Report on metropolitan horse fairs and district horse shows of 1891-92 - 1891-1892
Year: 1891
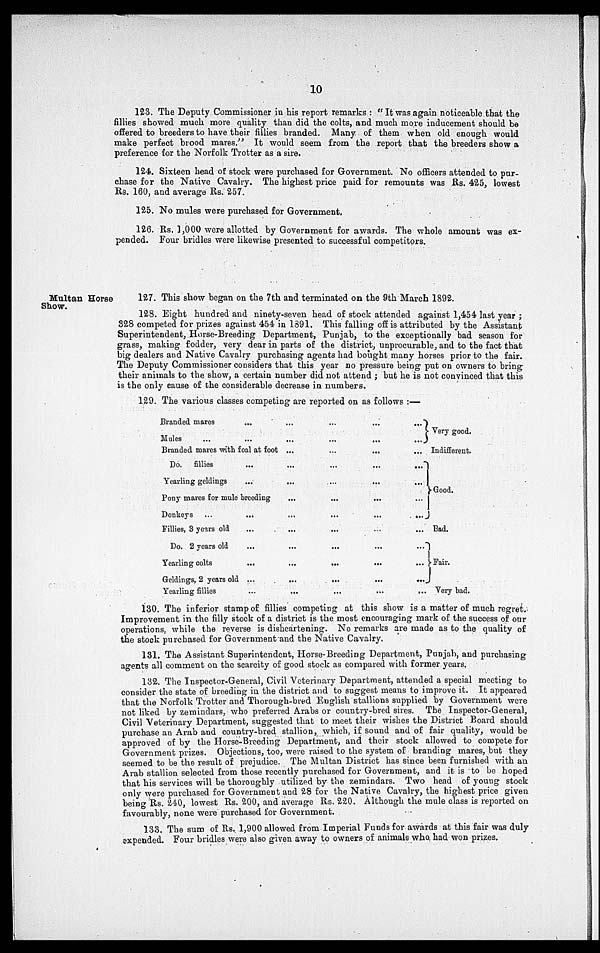
10
123. The Deputy Commissioner in his report remarks: "It was again noticeable that the
fillies showed much more quality than did the colts, and much more inducement should be
offered to breeders to have their fillies branded. Many of them when old enough would
make perfect brood mares." It would seem from the report that the breeders show a
preference for the Norfolk Trotter as a sire.
124. Sixteen head of stock were purchased for Government. No officers attended to pur-
chase for the Native Cavalry. The highest price paid for remounts was Rs. 425, lowest
Rs. 160, and average Rs. 257.
125. No mules were purchased for Government.
126. Rs. 1,000 were allotted by Government for awards. The whole amount was ex-
pended. Four bridles were likewise presented to successful competitors.
Multan Horse
Show.
127. This show began on the 7th and terminated on the 9th March 1892.
128. Eight hundred and ninety-seven head of stock attended against 1,454 last year;
328 competed for prizes against 454 in 1891. This falling off is attributed by the Assistant
Superintendent, Horse-Breeding Department, Punjab, to the exceptionally bad season for
grass, making fodder, very dear in parts of the district, unprocurable, and to the fact that
big dealers and Native Cavalry purchasing agents had bought many horses prior to the fair.
The Deputy Commissioner considers that this year no pressure being put on owners to bring
their animals to the show, a certain number did not attend; but he is not convinced that this
is the only cause of the considerable decrease in numbers.
129. The various classes competing are reported on as follows :—
Branded mares
Mules ...
...
...
Branded mares with foal at foot
Do. fillies
Yearling geldings
...
...
Pony mares for mule breeding
Donkeys ...
Fillies, 3 years old
Do. 2 years old
Yearling colts
Geldings, 2 years old
Yearling fillies
...
...
...
...
...
...
...
...
...
...
...
...
...
...
...
...
...
...
...
...
...
...
....
...
...
...
...
...
...
...
...
...
...
...
...
...
...
...
...
...
...
...
...
Very good.
...
... Indifferent.
...
...
Good.
...
...
... Bad.
...
... Fair.
...
... Very bad.
130. The inferior stamp of fillies competing at this show is a matter of much regret.
Improvement in the filly stock of a district is the most encouraging mark of the success of our
operations, while the reverse is disheartening. No remarks are made as to the quality of
the stock purchased for Government and the Native Cavalry.
131. The Assistant Superintendent, Horse-Breeding Department, Punjab, and purchasing
agents all comment on the scarcity of good stock as compared with former years.
132. The Inspector-General, Civil Veterinary Department, attended a special meeting to
consider the state of breeding in the district and to suggest means to improve it. It appeared
that the Norfolk Trotter and Thorough-bred English stallions supplied by Government were
not liked by zemindars, who preferred Arabs or country-bred sires. The Inspector-General,
Civil Veterinary Department, suggested that to meet their wishes the District Board should
purchase an Arab and country-bred stallion, which, if sound and of fair quality, would be
approved of by the Horse-Breeding Department, and their stock allowed to compete for
Government prizes. Objections, too, were raised to the system of branding mares, but they
seemed to be the result of prejudice. The Multan District has since been furnished with an
Arab stallion selected from those recently purchased for Government, and it is to be hoped
that his services will be thoroughly utilized by the zemindars. Two head of young stock
only were purchased for Government and 28 for the Native Cavalry, the highest price given
being Rs. 240, lowest Rs. 200, and average Rs. 220. Although the mule class is reported on
favourably, none were purchased for Government.
133. The sum of Rs. 1,900 allowed from Imperial Funds for awards at this fair was duly
expended. Four bridles were also given away to owners of animals who had won prizes.